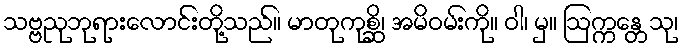
သဗ္ဗညုဘုရားလောင်းတို့သည်။ မာတုကုစ္ဆိ၊ အမိဝမ်းကို။ ဝါ၊ မှ။ ဩက္ကန္တေသု၊